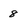
Character: 8